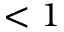
< 1